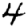
Digit: 4